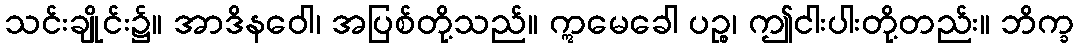
သင်းချိုင်း၌။ အာဒိနဝေါ၊ အပြစ်တို့သည်။ ဣမေခေါ ပဉ္စ၊ ဤငါးပါးတို့တည်း။ ဘိက္ခ